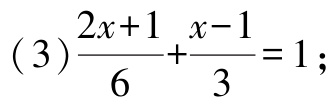
\((3)\frac{2x + 1}{6}+\frac{x - 1}{3}=1;\)